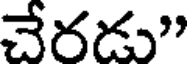
చేరడు"